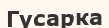
Гусарка